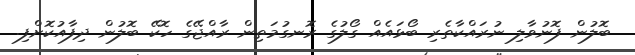
ބޮލުން ފޮނުވާލި ނުރައްކާތެރި ބޯޅައެއް ގޯލުގެ ރޮނގުމަތިން ރާއްޖޭގެ ހޮކޭ ބޮލުން ދިފާއުކޮށްފި.